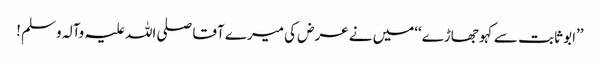
’’ابو ثابت سے کہو جھاڑے‘‘میں نے عرض کی میرے آقا صلی اللہ علیہ وآلہ وسلم !